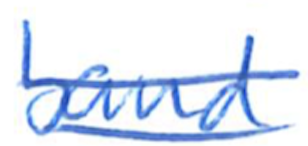
Text: band
Cross-out: mix
Writing tool: ballpoint